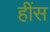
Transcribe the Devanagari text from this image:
हींस